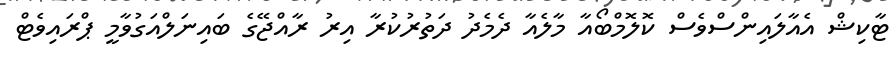
ޓާކިޝް އެއާލައިންސްވެސް ކޮލޮމްބޯއާ މާލެއާ ދެމެދު ދަތުރުކުރާ އިރު ރާއްޖޭގެ ބައިނަލްއަގުވާމީ ޕްރައިވެޓް